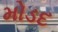
મોડદ